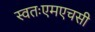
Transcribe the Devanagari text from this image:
स्वतःएमएचसी